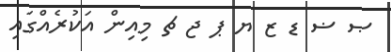
ޞ ޟ ޑ ޒ ޔ ޕ ޖ ޗ މިއިން އަކުރެއްގައި